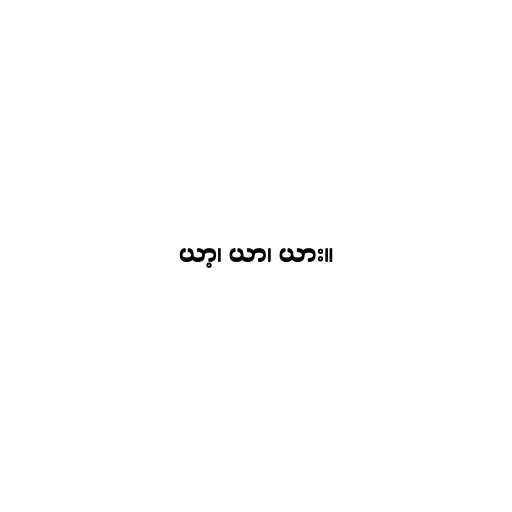
ယာ့၊ ယာ၊ ယား။